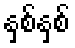
နှစ်နှစ်